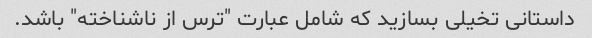
داستانی تخیلی بسازید که شامل عبارت "ترس از ناشناخته" باشد.